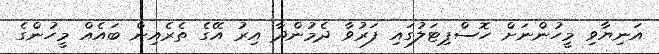
އަނިޔާވި މީހުންނަށް ހޮސްޕިޓަލުގައި ފަރުވާ ދެމުންދާ އިރު އޭގެ ތެރެއިން ބައެއް މީހުންގެ